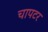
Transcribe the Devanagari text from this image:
चापटर